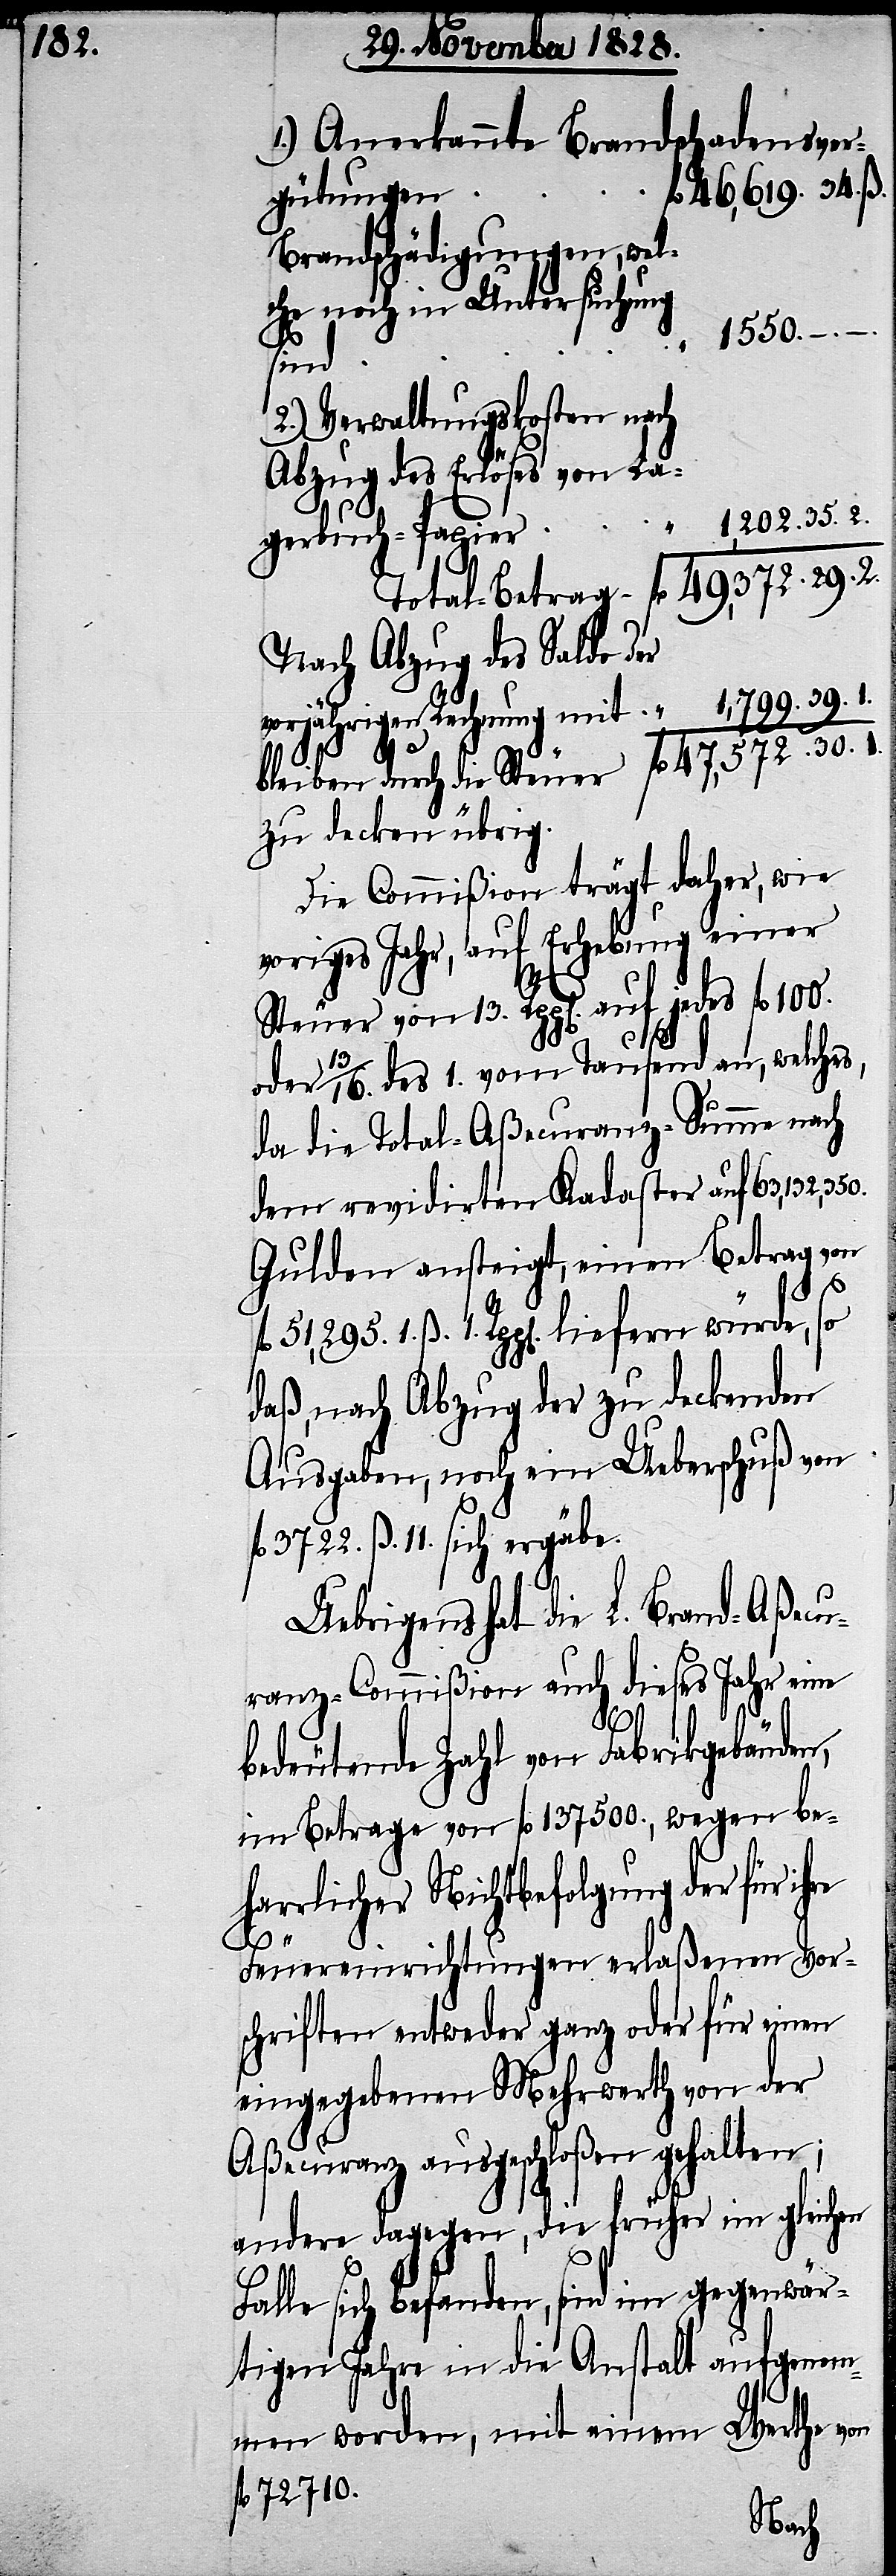
1.) Anerkannte Brandschadensverg¬
1550.
ütung
2.) Verwaltungskosten nach
Abzug des Erlöses von
gerbuch-Papier
Nach Abzug des Saldo der
vorjährigen Rechnung mit
zu decken übrig.
Die Commißion trägt daher, wie
voriges Jahr, auf Erhebung einer
Steuer von 13. Rpp[en]. auf jedes fl. 100.
30.
oder 13/16. des 1. vom Tausend an, welches,
da die Total-Aßecuranz-Summe nach
dem revidirten Kadaster auf 63,132,350.
Gulden ansteigt, einen Betrag von
l. 51,295. 1. ß 1. Rpp[en]. liefern würde, so
daß, nach Abzug der zu deckende
Ausgaben, noch ein Ueberschuß von
fl. 3722. ß. 11. sich ergäbe.
Uebrigens hat die L. Brand-Aßecu¬
ranz-Commißion auch dieses Jahr eine
f¬
bedeutende Zahl von Fabrikgebäuden,
im Betrage von fl. 137 500., wegen be¬
harrlicher Nichtbefolgung der für ihre
Feuereinrichtungen erlaßenen Vor¬
schriften entweder ganz oder für einen
eingegebenen Mehrwerth von der
Aßecuranz ausgeschloßen gehalten;
andere dagegen, die fürher im gleichen
Falle sich befanden, sind im gegenwär¬
tigen Jahre in die Anstalt aufgenom¬
men worden, mit einem Werthe von
fl. 72 710.
La¬